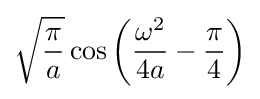
{\sqrt {\frac {\pi }{a}}}\cos \left({\frac {\omega ^{2}}{4a}}-{\frac {\pi }{4}}\right)